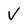
Character: V